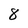
Character: 8